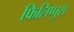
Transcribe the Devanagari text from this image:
फिलिप्पुस